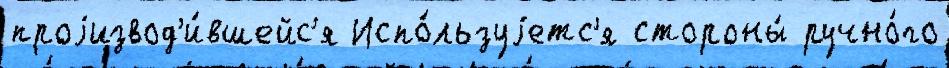
проjизвод'и́вшейс'я Испо́льзуjетс'я стороны́ ручно́го